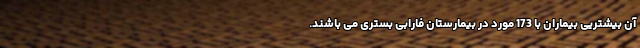
آن بیشتریی بیماران با 173 مورد در بیمارستان فارابی بستری می باشند.